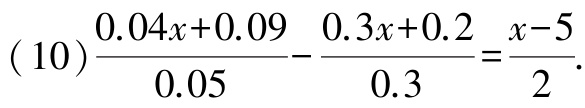
\((10)\frac{0.04x + 0.09}{0.05}-\frac{0.3x + 0.2}{0.3}=\frac{x - 5}{2}\)